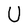
Character: U